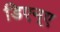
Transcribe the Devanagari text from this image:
डिएन्ए